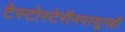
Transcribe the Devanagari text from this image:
टेस्टोस्टेरॉनपासूनही